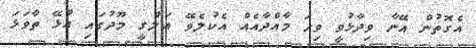
އެގޮތުން އޭނާ ވިދާޅުވީ ވިހަ މާއްދާއެއް އެކުލެވޭ އަލްގީ މޫދުގައި އުޅޭ ތާވަޅަ